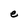
Character: e